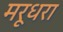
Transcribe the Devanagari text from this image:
मरूधरा